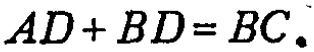
\(AD + BD = BC.\)